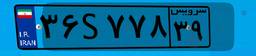
۳۶S۷۷۸۳۹